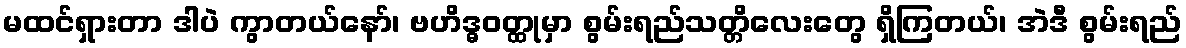
မထင်ရှားတာ ဒါပဲ ကွာတယ်နော်၊ ဗဟိဒ္ဓဝတ္ထုမှာ စွမ်းရည်သတ္တိလေးတွေ ရှိကြတယ်၊ အဲဒီ စွမ်းရည်